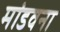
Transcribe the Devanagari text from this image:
मांडवना